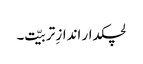
لچکدار اندازِ تربیّت۔